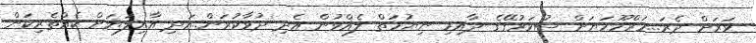
ވަރަށް ދެރަ...މަރްހޫމަޔަށް ސުވަރުގޭގެ ދާއިމި ނިޔުމަތް ލެއްވުން އެދި ދުވާކުރަން..އަދި އާއިލަޔަށް ކެއްތެރިކަން